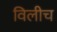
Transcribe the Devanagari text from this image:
विलीच